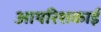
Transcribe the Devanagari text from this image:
आयरिशकाई